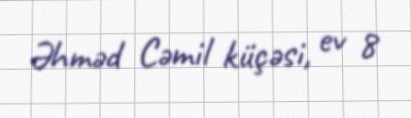
Əhməd Cəmil küçəsi, ev 8